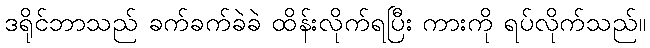
ဒရိုင်ဘာသည် ခက်ခက်ခဲခဲ ထိန်းလိုက်ရပြီး ကားကို ရပ်လိုက်သည်။